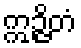
ဣဉ္ဇိတံ